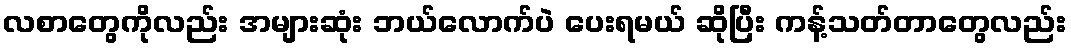
လစာတွေကိုလည်း အများဆုံး ဘယ်လောက်ပဲ ပေးရမယ် ဆိုပြီး ကန့်သတ်တာတွေလည်း